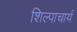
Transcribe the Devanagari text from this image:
शिल्पाचार्य